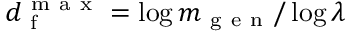
d _ { \mathrm { ~ f ~ } } ^ { \mathrm { ~ m ~ a ~ x ~ } } = \log m _ { \mathrm { ~ g ~ e ~ n ~ } } / \log \lambda